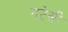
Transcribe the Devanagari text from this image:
गटेसी